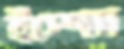
ইস্পেস